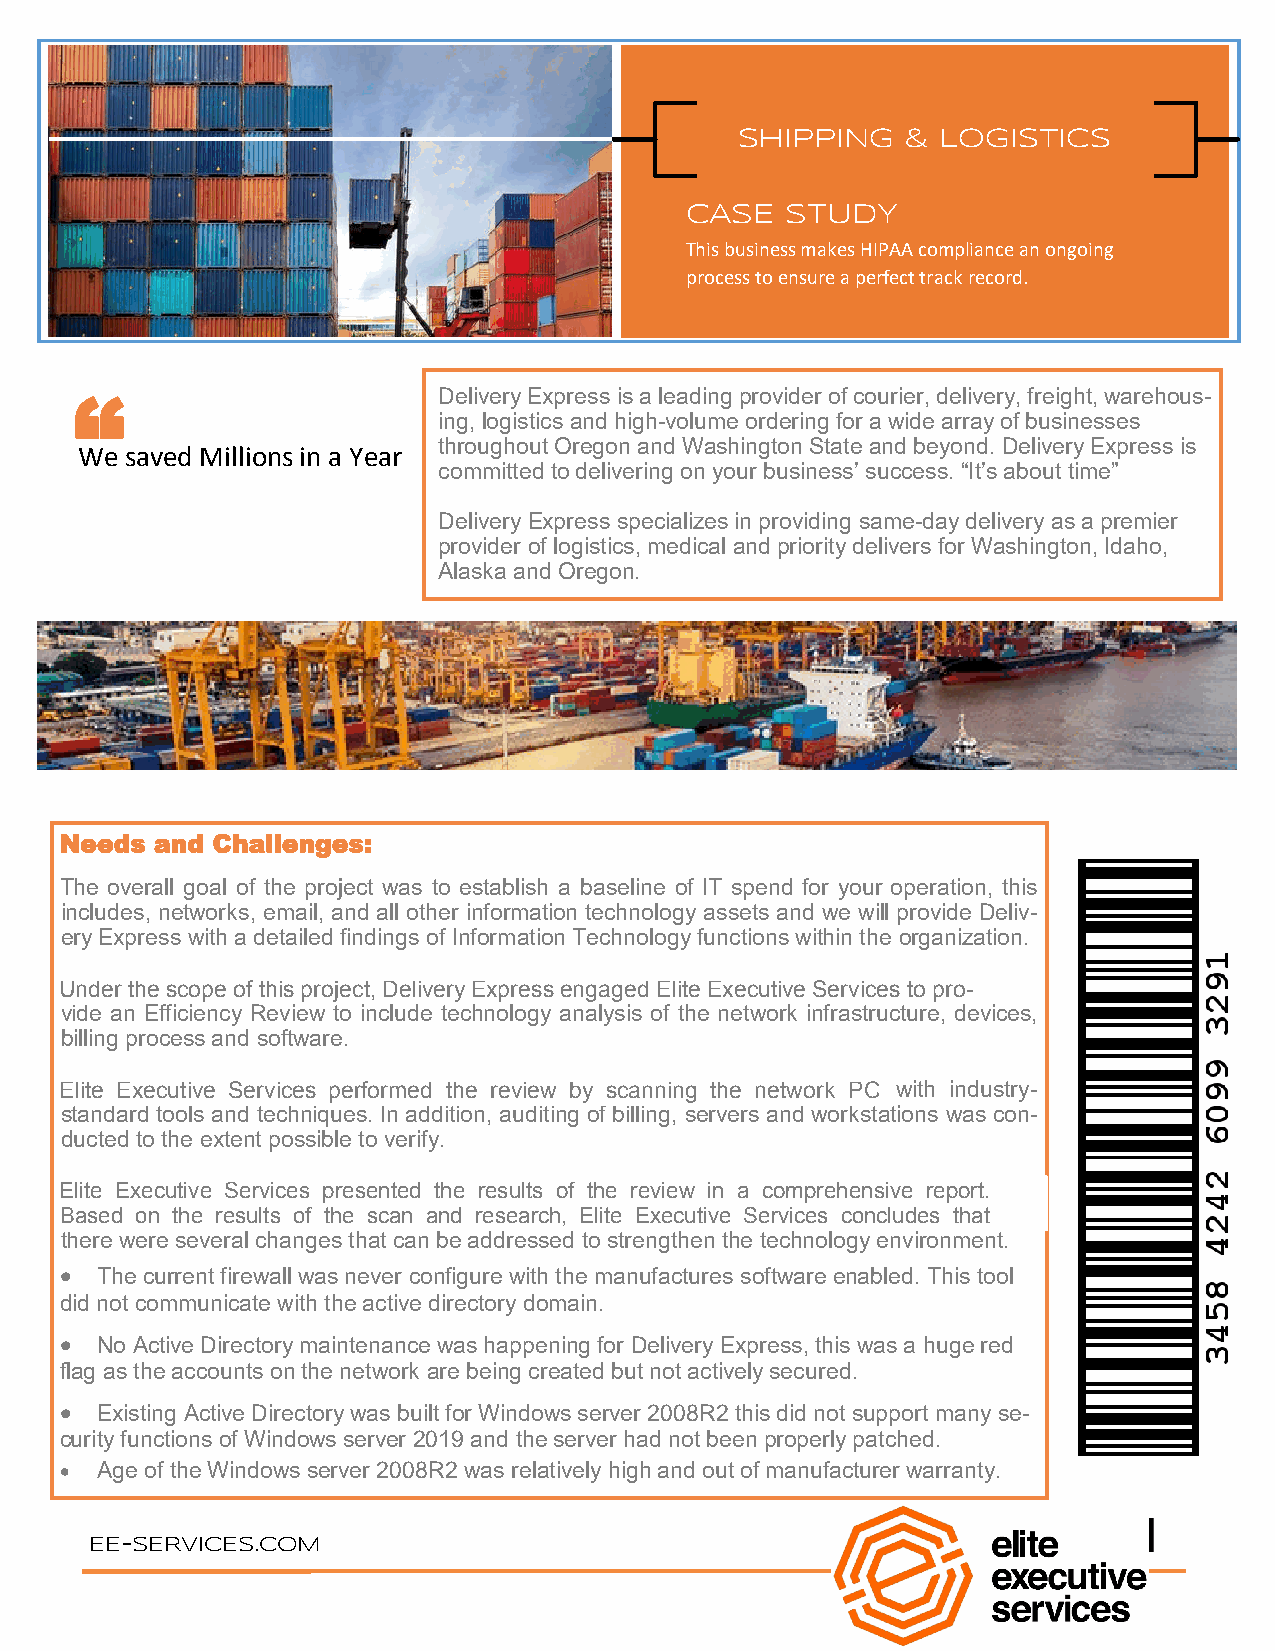
SHIPPING   & LOGISTICS
 CASE   STUDY
 This business makes HIPAA compliance an ongoing
 process to ensure a perfect track record.
 Delivery Express is a leading provider of courier, delivery, freight, warehous-
 “                                      -
 ing,logistics andhigh volume ordering for a wide array of businesses
 WCaen s ayvoeud gMeitll iuosn sa inQ au oYetear? throughout Oregon and Washington State and beyo nd. Delivery Exp ress is
 committed to delivering on your business’ success. “It’s about time”
 -
 Delivery Express specializes in providing same day delivery as a premier
 provider of logistics, medical andpriority delivers for Washington, Idaho,
 Alaska and Oregon.
 Needs and Challenges:
 The overall goal of the project was to establish a baseline of IT spend for your operation, this
 includes, networks, email, and all other information technology assets and we will provide Deliv-
 ery Express with a detailed findings of Information Technology functions within the organization.
 UUnnddeerr tthhee ssccooppee ooff ththisis p prorojejecct,t ,D Deelivliveeryry E Expxpreresss se negnaggaegde dE lEitnev Eisxioencu Etixveec Suetirvveic Sese rtvoic perso -to pro-
 vide an Efficiency Review to include technology analysis of the network infrastructure, devices,
 billing process and software.
 EElnitveis iEoxne cEuxteivceu tSiveer vSiceersv i cpeesr fopremrfeodrm tehde trheev ierwev ibeyw sbcya nsncinagn n tihneg ntheetw noerktw PorCk with industry-
 standard tools and techniques. In addition, auditing of billing, servers and workstations was con-
 ducted to the extent possible to verify.
 EElnitvei s Eioxne cEuxtievceu tSiveer vSiceersv i cperess epnretesde n ttheed rtehseu lrtes s uolft s t hoef rtehvei erwe v iienw a i nc oam pcoremhperneshiveen srievpeo rrte. port.
 BBaasseedd oonn tthhee rreessuullttss ooff tthhee ssccaann aanndd rreesseeaarrcchh,, EElnitvei s Eioxne cEuxtievceu tSiveer vSiceersv i cceosn ccluodnecslu dtheast that
 there were several changes that can be addressed to strengthen the technology environment.
 • The current firewall was never configure with the manufactures software enabled. This tool
 did not communicate with the active directory domain.
 • No Active Directory maintenance was happening for Delivery Express, this was a huge red
 flag as the accounts on the network are being created but not actively secured.
 • Existing Active Directory was built for Windows server 2008R2 this did not support many se-
 curity functions of Windows server 2019 and the server had not been properly patched.
 • Age of the Windows server 2008R2 was relatively high and out of manufacturer warranty.
 EE-SERVICES.COM
 425-773-8390